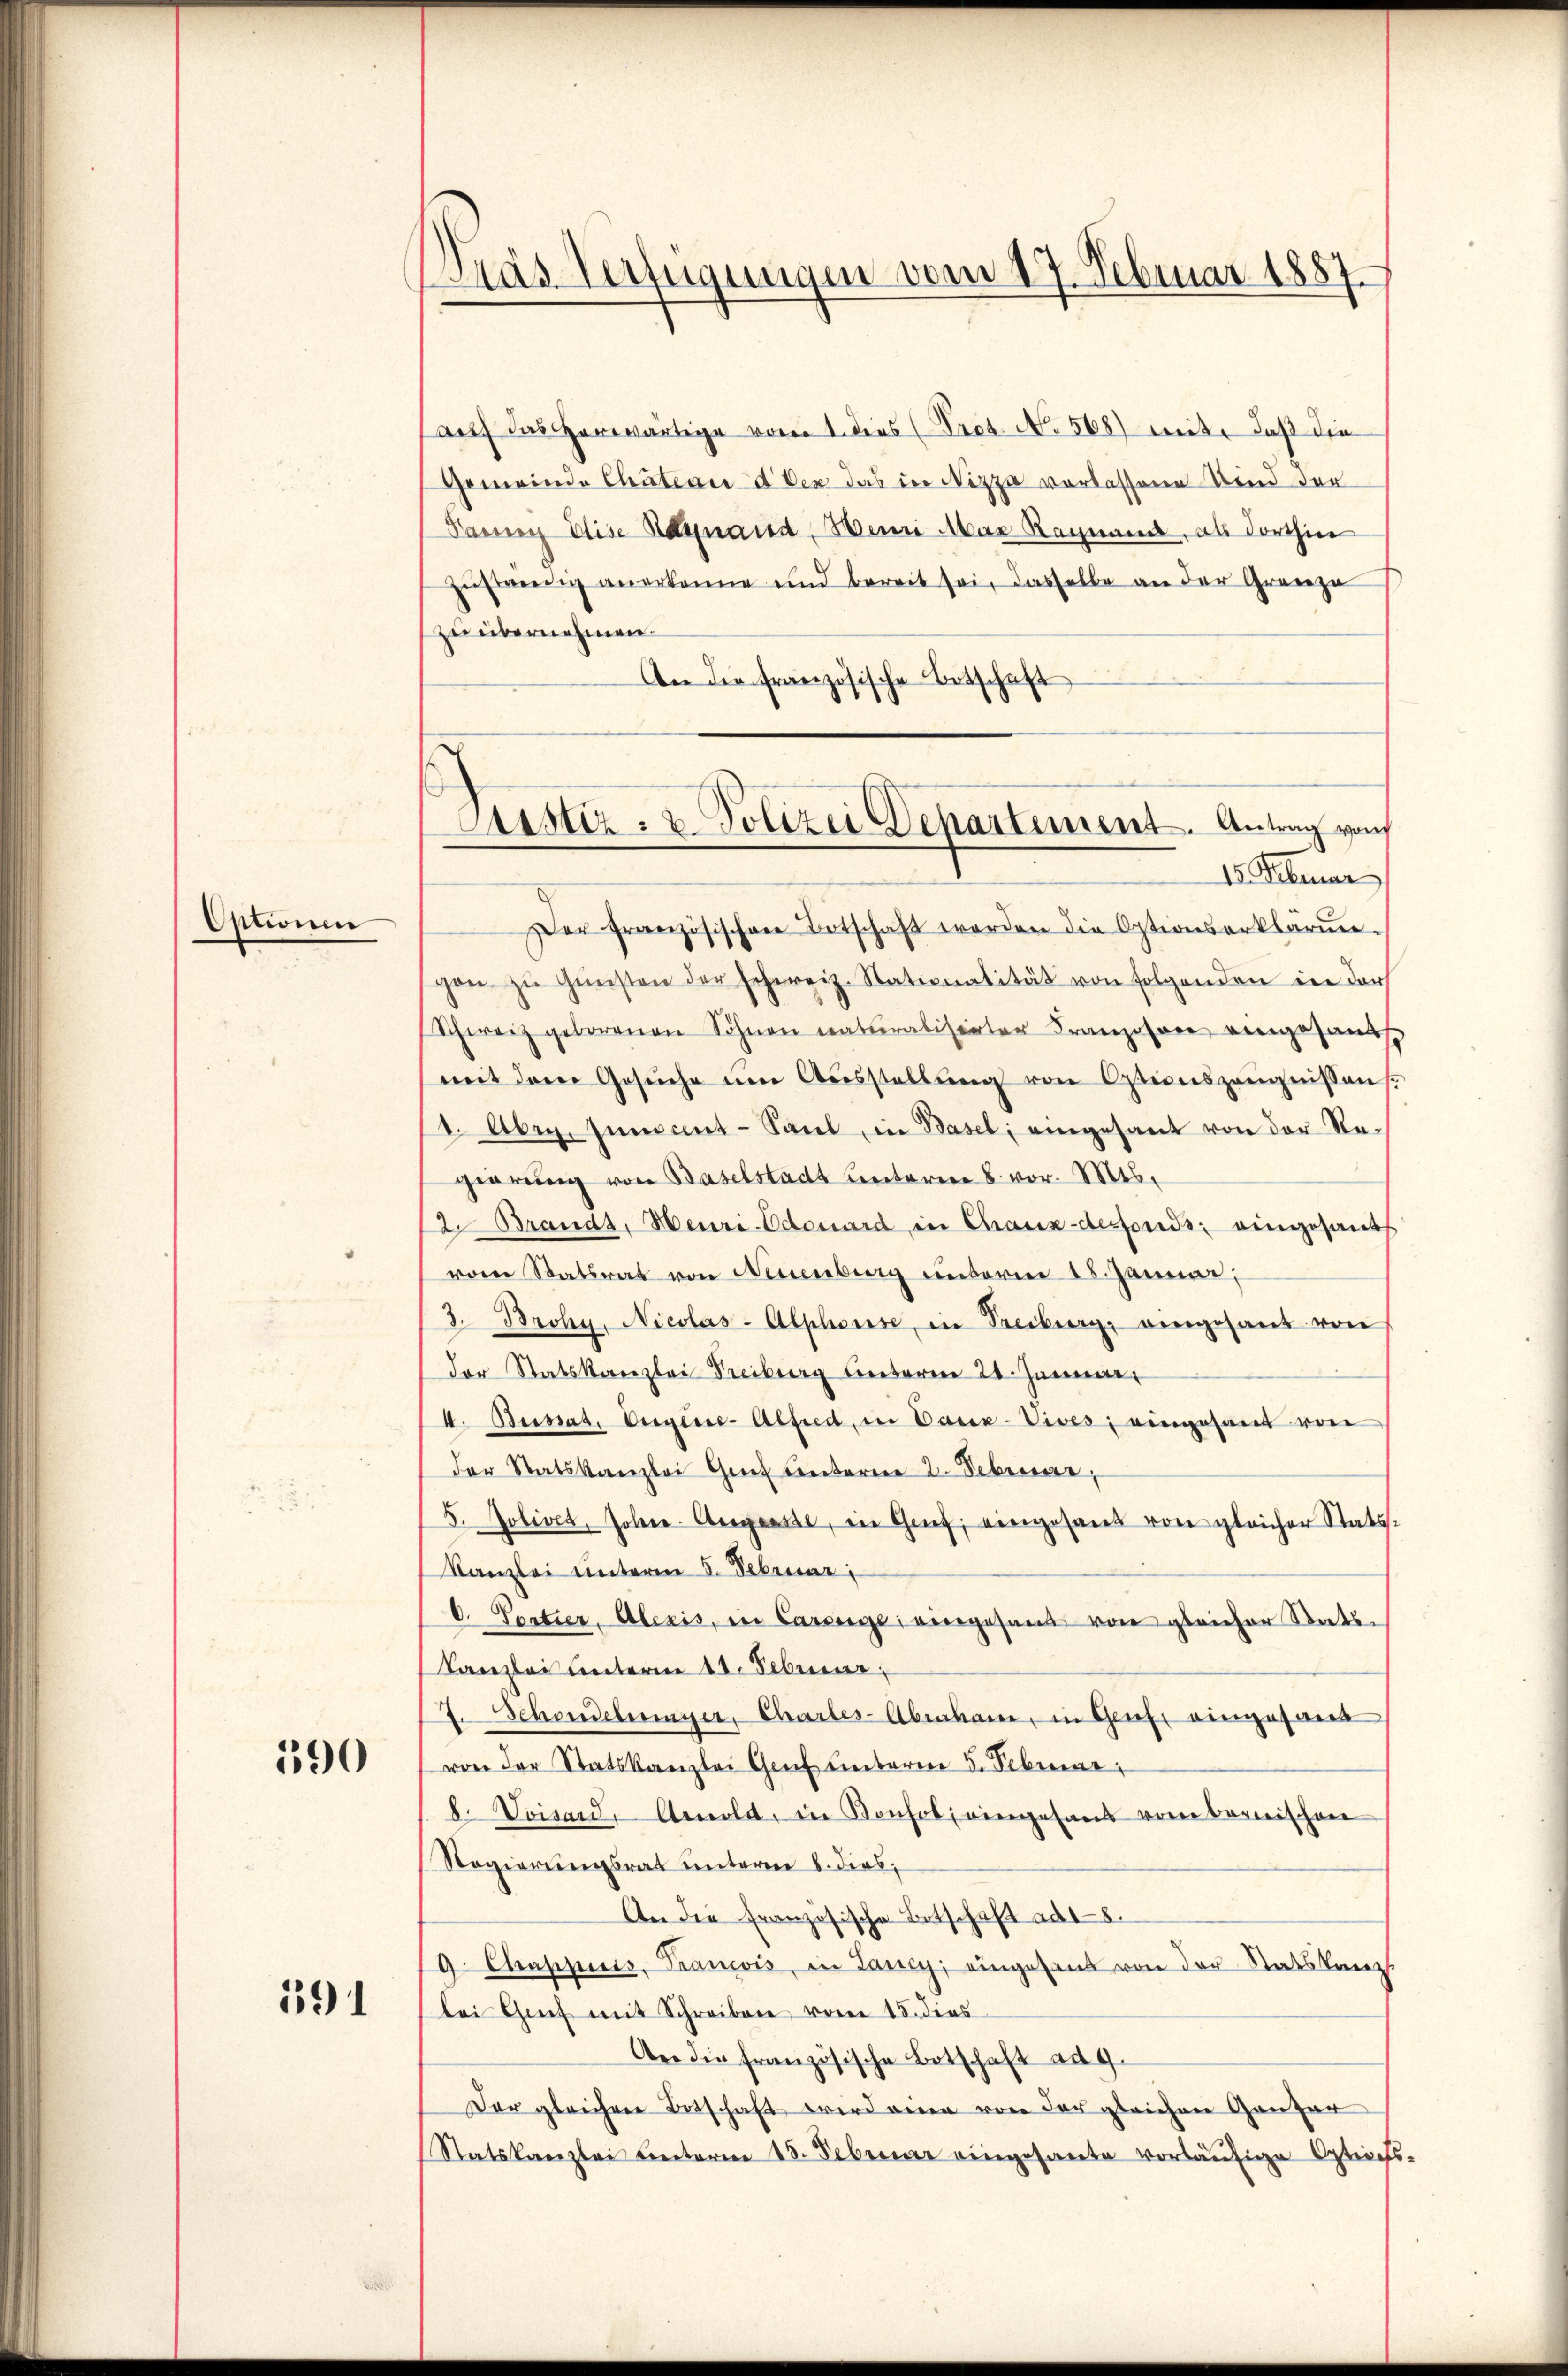
Ationen

190

191

Tras Verfügungen vom 17. Februar 1887

auf das erwärtige voren 1. dies (Fact. No. 568) weit, daß die
Gemeinde Chateaud der das in Nizza verlassene Kind der
Fanny Elise Begnand, Henri Max Ragnand, als dorthin
zuständig anerkenne und bereit sei, dasselbe an der Grenze
zu übernehmen.
An die französische Botschaft
Der französischen Botschaft werden die Optionserklärŭn-
pen zŭ Gŭnsten der schweiz. Nationalität von folgenden in ders
Schweiz geborenen Söhnen naturalisirter Franzosen eingesandt
mit dem Gesŭche ŭm Aŭsstellŭng von Optionszeŭgnissens.
1. Aberg. Innocent-Saul, in Basel; eingesant von der Regierung von Baselstadt Unterere 8 vor. Mts.
2. Brands, Heuri-Odenard in Chaux-desfonds eingesants
vom Statsrat von Neuenburg unterm 18. Januar,
3. Broha. Nicolas-Alphouse, in Freiburg eingesant von
der Statskanzlei Freiburg unterm 21. Januar,
I. Beisat. Eigene-Alfred, in Dank-Vives, eingesant von
der Statskanzlei Gut interne 2. Februar,
5. Jolives, Johne Augenste, in Genf, eingesand von gleicher Stats¬
Kanzlei unterm 5. Februar
C. Portier, Alexis, in Carenge eingesand von gleicher Stats¬
Kanzlei hinterm 18. Februar.
7. Schonebenger, Chartes-Abraham, in Genf eingesand
von der Statskanzlei Genf unterm 5. Februar
8. Voisard, Arnold, in Konsol, eingesand vom Bernischen
Regierungsrat unterm 8. dies,
An die französische Betschaft ad 18.
19. Chappiis, Francis, in Lancy, eingesant von der Staatskanz
bei Genf mit Schreiben vom 15. dies
An die französische Botschaft ad 4.
Der gleichen Botschaft wird einen von der gleichen Ganzer
Statskanzlei unterm 18. Februar eingesante vorläŭfige Optices

Lisstiz- u. Polizei Dehartement. Antrag von
15. Februar